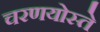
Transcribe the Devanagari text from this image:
चरणयोस्ते